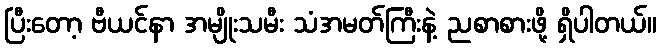
ပြီးတော့ ဗီယင်နာ အမျိုးသမီး သံအမတ်ကြီးနဲ့ ညစာစားဖို့ ရှိပါတယ်။